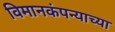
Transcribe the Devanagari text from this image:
विमानकंपन्याच्या